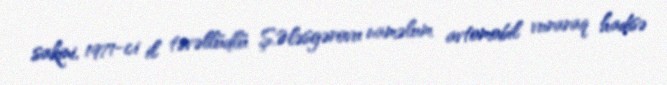
sakini, 1971-ci il təvəllüdlü Ş.Ələsgərovu naməlum avtomobil vuraraq hadisə